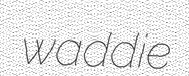
waddie